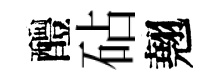
醴砧翹